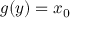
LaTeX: g ( y ) = x _ { 0 }